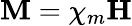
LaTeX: \mathbf{M}=\chi_{m}\mathbf{H}